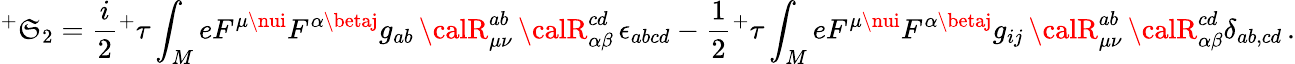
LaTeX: ^{+}\mathfrak{S}_{2}=\frac{{i}}{{2}}{^+\tau}\int_{M}eF^{\mu\nui}F^{\alpha\betaj}g_{ab}\, {\calR}_{\mu\nu}^{ab}\, {\calR}_{\alpha\beta}^{cd}\, \epsilon_{abcd}-\frac{{1}}{{2}}{^+\tau}\int_{M}eF^{\mu\nui}F^{\alpha\betaj}g_{ij}\, {\calR}_{\mu\nu}^{ab}\, {\calR}_{\alpha\beta}^{cd}\delta_{ab,cd}\, .